Code of medical and sanitary regulations for the guidance of medical officers serving in the Madras Presidency - Volume I
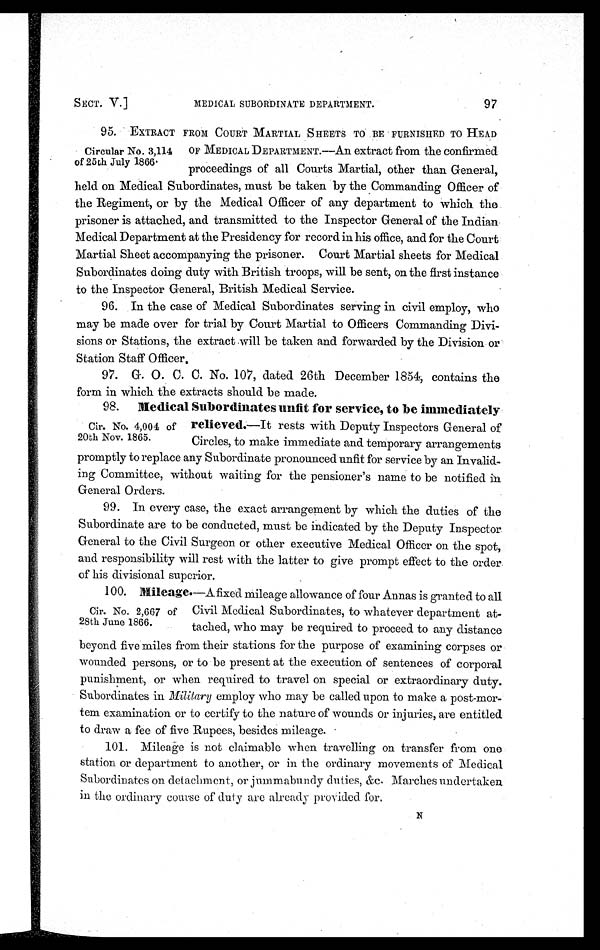
SECT. V.]
MEDICAL SUBORDINATE DEPARTMENT.
97
95.
EXTRACT FROM COURT MARTIAL SHEETS TO BE FURNISHED TO HEAD
Circular No. 3,114 OF MEDICAL DEPARTMENT.—An extract from the confirmed
of 25th July 1866.
proceedings of all Courts Martial, other than General,
held on Medical Subordinates, must be taken by the Commanding Officer of
the Regiment, or by the Medical Officer of any department to which the
prisoner is attached, and transmitted to the Inspector General of the Indian
Medical Department at the Presidency for record in his office, and for the Court
Martial Sheet accompanying the prisoner. Court Martial sheets for Medical
Subordinates doing duty with British troops, will be sent, on the first instance
to the Inspector General, British Medical Service.
96. In the case of Medical Subordinates serving in civil employ, who
may be made over for trial by Court Martial to Officers Commanding Divi-
sions or Stations, the extract will be taken and forwarded by the Division or
Station Staff Officer,
97.
G. O. C. C. No. 107, dated 26th December 1854, contains the
form in which the extracts should be made.
98.
Medical Subordinates unfit for service, to be immediately
Cir. No. 4,004 of relieved.—It rests with Deputy Inspectors General of
20th Nov. 1865. Circles, to make immediate and temporary arrangements
promptly to replace any Subordinate pronounced unfit for service by an Invalid-
ing Committee, without waiting for the pensioner's name to be notified in.
General Orders.
99. In every case, the exact arrangement by which the duties of the
Subordinate are to be conducted, must be indicated by the Deputy Inspector.
General to the Civil Surgeon or other executive Medical Officer on the spot,
and responsibility will rest with the latter to give prompt effect to the order.
of his divisional superior.
100. Mileages. — A f i x e d m i l e a g e a l l o w a n c e o f f o u r A n n a s i s g r a n t e d t o a l l
Cir. No. 2,667 of Civil Medical Subordinates, to whatever department at-
28th June 1866. tached, who may be required to proceed to any distance
beyond five miles from their stations for the purpose of examining corpses or
wounded persons, or to be present at the execution of sentences of corporal
punishment, or when required to travel on special or extraordinary duty.
Subordinates in Military employ who may be called upon to make a post-mor-
tem examination or to certify to the nature of wounds or injuries, are entitled
to draw a fee of five Rupees, besides mileage.
101. Mileage is not claimable when travelling on transfer from one
station or department to another, or in the ordinary movements of Medical
Subordinates on detachment, or jummabundy duties, &c. Marches undertaken
in the ordinary Course of duty are already provided for.
N